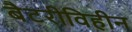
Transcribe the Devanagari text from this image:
बैटरीविहीन